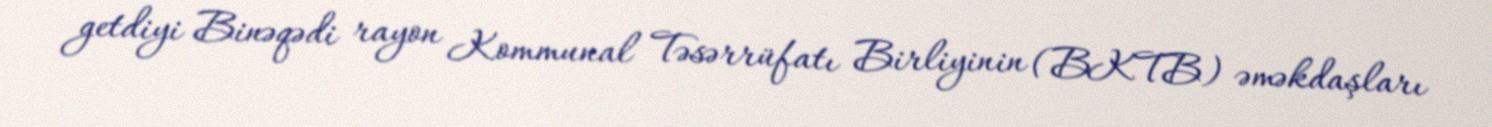
getdiyi Binəqədi rayon Kommunal Təsərrüfatı Birliyinin (BKTB) əməkdaşları